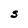
Character: S